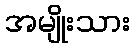
အမျိုးသား